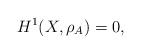
LaTeX: \begin{align*}H^1(X, \rho_A) = 0,\end{align*}